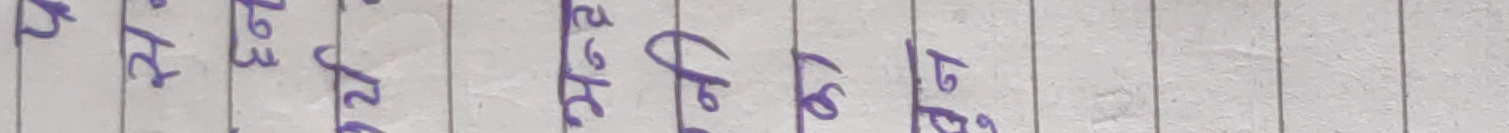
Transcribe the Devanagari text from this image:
२७ लेट लेक हले